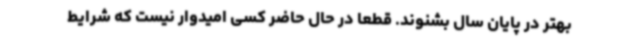
بهتر در پایان سال بشنوند. قطعا در حال حاضر کسی امیدوار نیست که شرایط